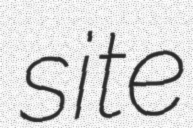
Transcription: site